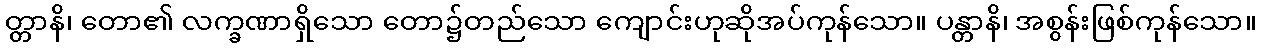
တ္တာနိ၊ တော၏ လက္ခဏာရှိသော တော၌တည်သော ကျောင်းဟုဆိုအပ်ကုန်သော။ ပန္တာနိ၊ အစွန်းဖြစ်ကုန်သော။